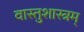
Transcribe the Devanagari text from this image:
वास्तुशास्त्रम्‌